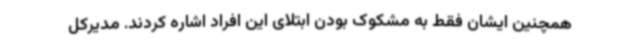
همچنین ایشان فقط به مشکوک بودن ابتلای این افراد اشاره کردند. مدیرکل